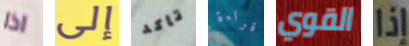
اذا إلى تاكد قراءة القوي إذا